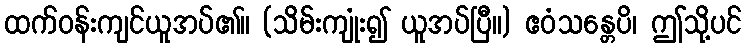
ထက်ဝန်းကျင်ယူအပ်၏။ (သိမ်းကျုံး၍ ယူအပ်ပြီ။) ဧဝံသန္တေပိ၊ ဤသို့ပင်